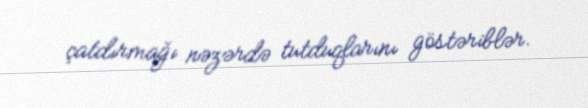
çatdırmağı nəzərdə tutduqlarını göstəriblər.